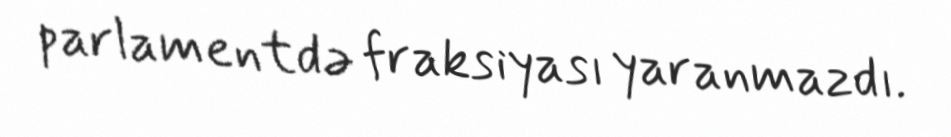
parlamentdə fraksiyası yaranmazdı.